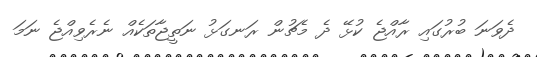
ދެވަނަ ބުރުގައި ރާއްޖެ ކުޅޭ ދެ މެޗުން ރަނގަޅު ނަތީޖާތަކެއް ނެރެވިއްޖެ ނަމަ